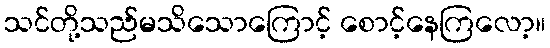
သင်တို့သည်မသိသောကြောင့် စောင့်နေကြလော့။